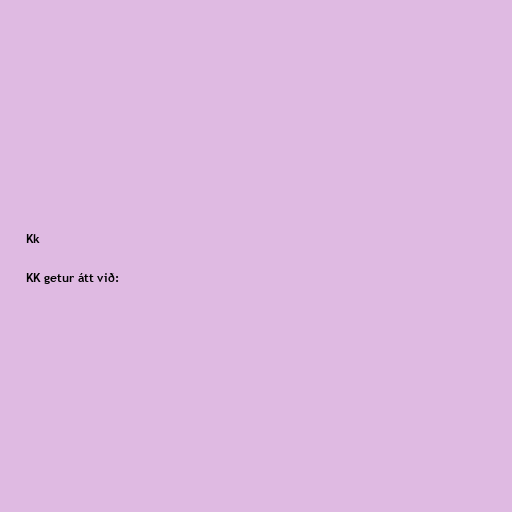
Kk

KK getur átt við: